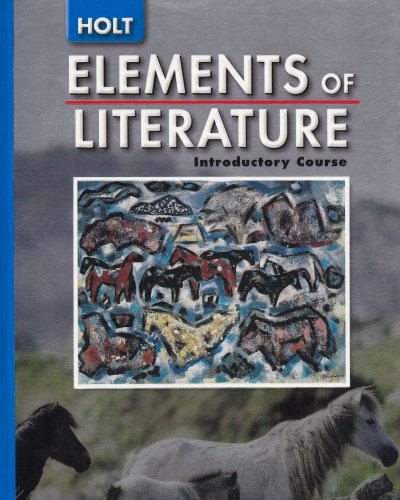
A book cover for Elements of Literature: Introductory Course (Holt); Beers; Children's Books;